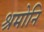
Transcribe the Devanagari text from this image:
श्रमोनि